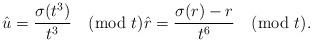
LaTeX: \begin{align*} \hat{u} = \frac{\sigma(t^3)}{t^3} \pmod{t} \hat{r} = \frac{\sigma(r) - r}{t^6} \pmod{t}.\end{align*}